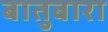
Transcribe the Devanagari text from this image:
बातुबारा